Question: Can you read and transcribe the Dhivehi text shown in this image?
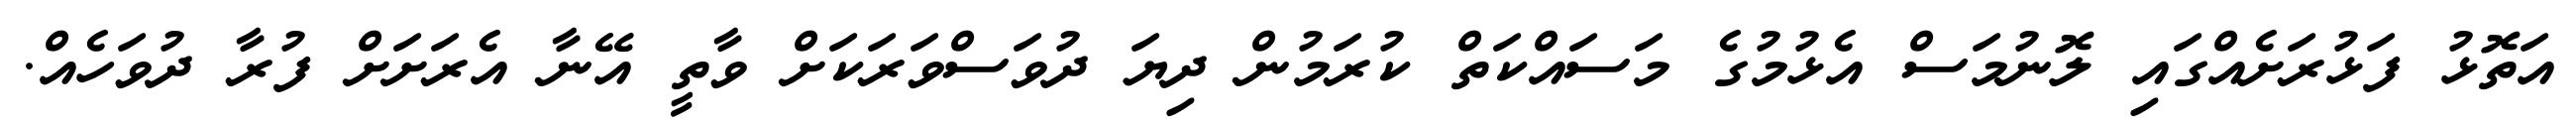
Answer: އަތޮޅު ފަޅުރަށެއްގައި ލޮނުމަސް އެޅުމުގެ މަސައްކަތް ކުރަމުން ދިޔަ ދުވަސްވަރަކަށް ވާތީ އޭނާ އެރަށަށް ފުރާ ދުވަހެއް.